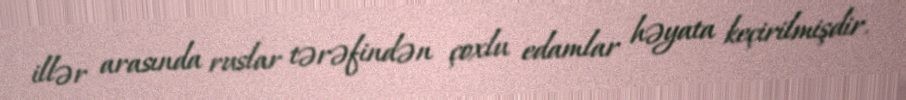
illər arasında ruslar tərəfindən çoxlu edamlar həyata keçirilmişdir.